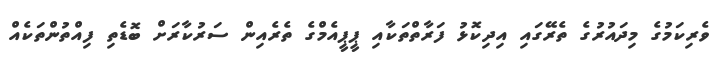
ވެރިކަމުގެ މިދައުރުގެ ތެރޭގައި އިދިކޮޅު ފަރާތްތަކާއި ޕީޕީއެމްގެ ތެރެއިން ސަރުކާރަށް ބޮޑެތި ފިއްތުންތަކެއް